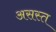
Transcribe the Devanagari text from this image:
असस्त